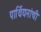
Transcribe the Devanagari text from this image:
पार्थियनांची